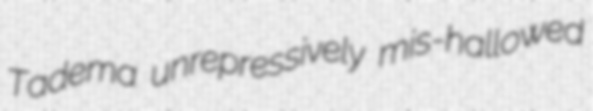
Tadema unrepressively mis-hallowed